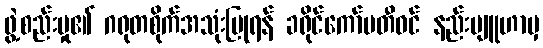
ဖွဲ့စည်းမှု၏ ဂရုတစိုက်အသုံးပြုရန် ခရိုင်ကော်မတီဝင် နည်းဗျူဟာမှ